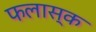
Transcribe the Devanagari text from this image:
फलास्क